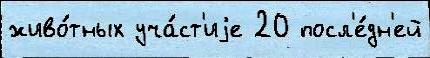
живо́тных уча́ст'иjе 20 посл'е́дн'ей